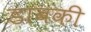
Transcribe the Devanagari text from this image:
डाबकी